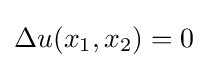
\Delta u(x_{1},x_{2})=0